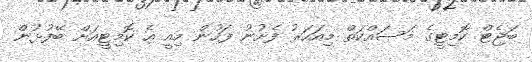
ބަޖެޓް ކޮމިޓީގެ މަސައްކަތް މިއަހަރު ފެށުނު ފަހުން މިއީ އެ ކޮމިޓީއަށް ބޭފުޅުން